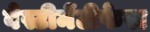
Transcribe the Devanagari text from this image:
वेस्टीमेंटीफेरा